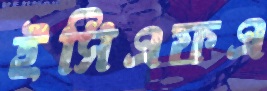
ইসিএফএ